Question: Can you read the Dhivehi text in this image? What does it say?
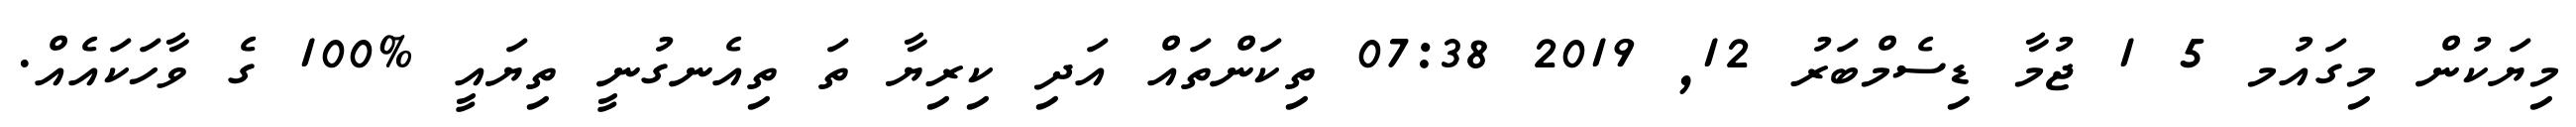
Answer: މިޔަކުން މިގައުމ 5 1 ޖުމާ ޑިސެމްބަރު 12, 2019 07:38 ތިކަންތައް އަދި ކިރިޔާ ތަ ތިއެނގުނީ ތިޔައީ %100 ގެ ވާހަކައެއް.